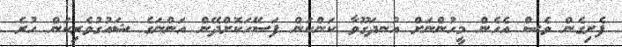
ފެށިގެން ވެސް އެހެން މީހުންނަށް އުނދަގޫވާ ކަންކަން ފަސޭހަކޮށްދޭން އަންނަގެ ޝައުގުވެރިކަން ހުރެ